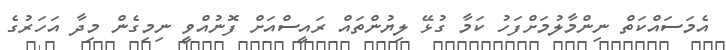
އެމަސައްކަތް ނިންމާލުމަށްފަހު ކަމާ ގުޅޭ ލިޔުންތައް ރައީސްއަށް ފޮނުއްވީ ނިމިގެން މިދާ އަަހަރުގެ